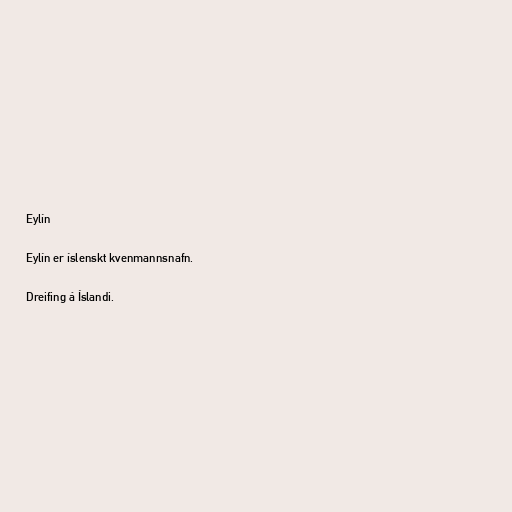
Eylín

Eylín er íslenskt kvenmannsnafn.

Dreifing á Íslandi.